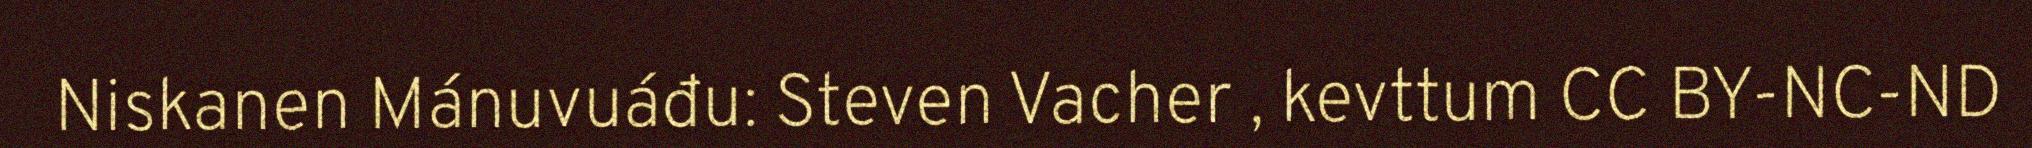
Niskanen Mánuvuáđu: Steven Vacher , kevttum CC BY-NC-ND